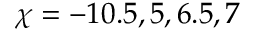
\chi = - 1 0 . 5 , 5 , 6 . 5 , 7